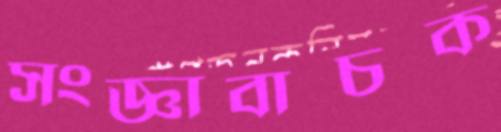
সংজ্ঞাবাচক